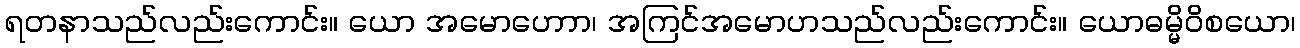
ရတနာသည်လည်းကောင်း။ ယော အမောဟောာ၊ အကြင်အမောဟသည်လည်းကောင်း။ ယောဓမ္မိဝိစယော၊